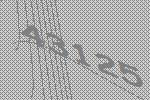
43125